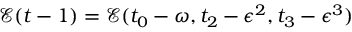
\mathcal { E } ( t - 1 ) = \mathcal { E } ( t _ { 0 } - \omega , t _ { 2 } - \epsilon ^ { 2 } , t _ { 3 } - \epsilon ^ { 3 } )